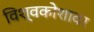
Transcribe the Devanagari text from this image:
विश्वकोशावर